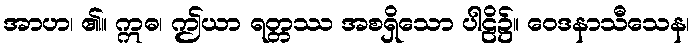
အာဟ၊ ၏။ ဣဓ၊ ဤယာ ရတ္တဿ အစရှိသော ပါဠိ၌။ ဝေဒနာသီသေန၊